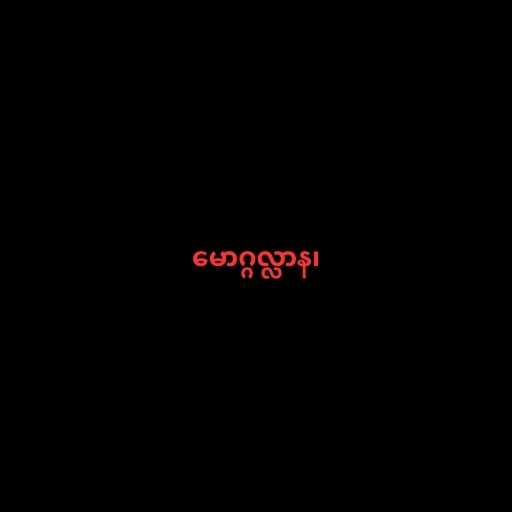
မောဂ္ဂလ္လာန၊